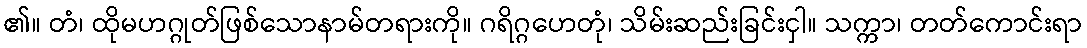
၏။ တံ၊ ထိုမဟဂ္ဂုတ်ဖြစ်သောနာမ်တရားကို။ ဂရိဂ္ဂဟေတုံ၊ သိမ်းဆည်းခြင်းငှါ။ သက္ကာ၊ တတ်ကောင်းရာ